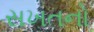
સખતનો